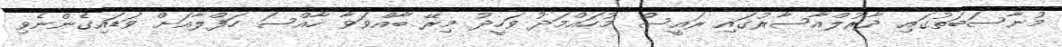
މުނާސަބަތުގައި ދާރުލްއާސާރުގައި ރައީސް މުހައްމަދު ވަހީދު މިރޭ ބާއްވަވާ ހާއްސަ ހަފްލާއަށް ވަޑައިގެންނެވި